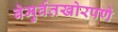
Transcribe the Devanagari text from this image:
बेमुर्वतखोरपणे